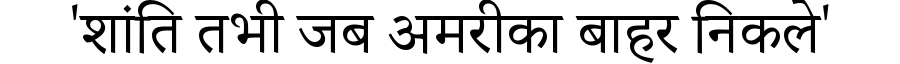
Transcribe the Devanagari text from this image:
'शांति तभी जब अमरीका बाहर निकले'